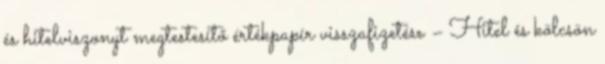
és hitelviszonyt megtestesítő értékpapír visszafizetése – Hitel és kölcsön